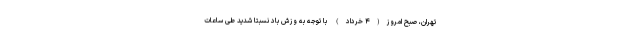
تهران، صبح امروز(۴ خرداد) با توجه به وزش باد نسبتاً شدید طی ساعات